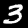
Digit: 3